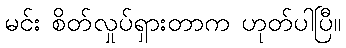
မင်း စိတ်လှုပ်ရှားတာက ဟုတ်ပါပြီ။